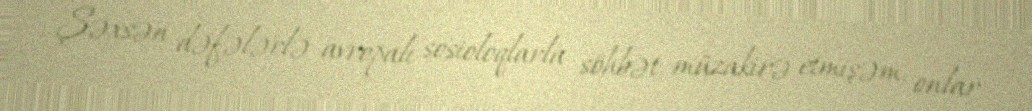
Şəxsən dəfələrlə avropalı sosioloqlarla söhbət, müzakirə etmişəm, onlar